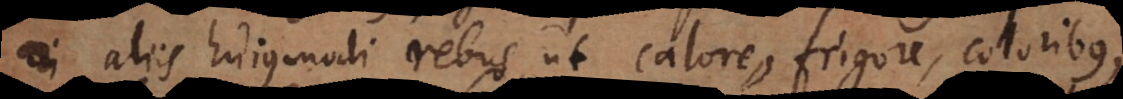
aliis hujusmodi rebus, ut calore, frigore, coloribus,